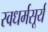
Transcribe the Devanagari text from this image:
स्वधर्मसूर्य